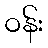
ဝန်း